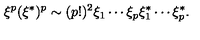
\xi ^ { p } ( \xi ^ { * } ) ^ { p } \sim ( p ! ) ^ { 2 } \xi _ { 1 } \cdots \xi _ { p } \xi _ { 1 } ^ { * } \cdots \xi _ { p } ^ { * } .